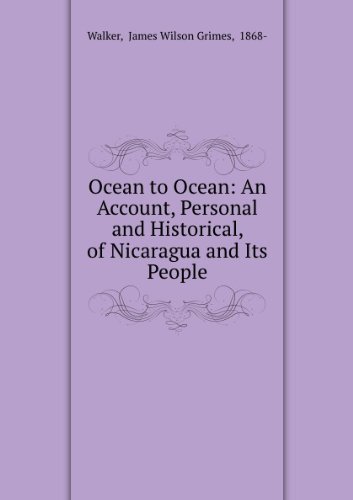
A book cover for Ocean to ocean: An account, personal and historical, of Nicaragua and its people,; James Wilson Grimes Walker; Travel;